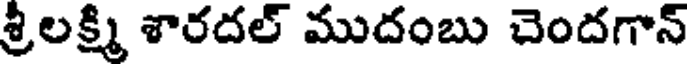
శ్రీలక్ష్మి శారదల్ ముదంబు చెందగాన్